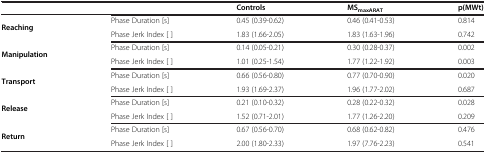
<table><thead><tr><td><b> </b></td><td><b> </b></td><td><b>Controls</b></td><td><b>MS<sub>maxARAT</sub></b></td><td><b>p(MWt)</b></td></tr></thead><tbody><tr><td rowspan="2"><b>Reaching</b></td><td>Phase Duration [s]</td><td>0.45 (0.39-0.62)</td><td>0.46 (0.41-0.53)</td><td>0.814</td></tr><tr><td>Phase Jerk Index [ ]</td><td>1.83 (1.66-2.05)</td><td>1.83 (1.63-1.96)</td><td>0.742</td></tr><tr><td rowspan="2"><b>Manipulation</b></td><td>Phase Duration [s]</td><td>0.14 (0.05-0.21)</td><td>0.30 (0.28-0.37)</td><td>0.002</td></tr><tr><td>Phase Jerk Index [ ]</td><td>1.01 (0.25-1.54)</td><td>1.77 (1.22-1.92)</td><td>0.003</td></tr><tr><td rowspan="2"><b>Transport</b></td><td>Phase Duration [s]</td><td>0.66 (0.56-0.80)</td><td>0.77 (0.70-0.90)</td><td>0.020</td></tr><tr><td>Phase Jerk Index [ ]</td><td>1.93 (1.69-2.37)</td><td>1.96 (1.77-2.02)</td><td>0.687</td></tr><tr><td rowspan="2"><b>Release</b></td><td>Phase Duration [s]</td><td>0.21 (0.10-0.32)</td><td>0.28 (0.22-0.32)</td><td>0.028</td></tr><tr><td>Phase Jerk Index [ ]</td><td>1.52 (0.71-2.01)</td><td>1.77 (1.26-2.20)</td><td>0.209</td></tr><tr><td><b>Return</b></td><td>Phase Duration [s]</td><td>0.67 (0.56-0.70)</td><td>0.68 (0.62-0.82)</td><td>0.476</td></tr><tr><td> </td><td>Phase Jerk Index [ ]</td><td>2.00 (1.80-2.33)</td><td>1.97 (7.76-2.23)</td><td>0.541</td></tr></tbody></table>